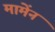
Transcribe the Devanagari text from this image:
मामेंन